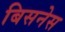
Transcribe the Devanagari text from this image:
बिसनेस